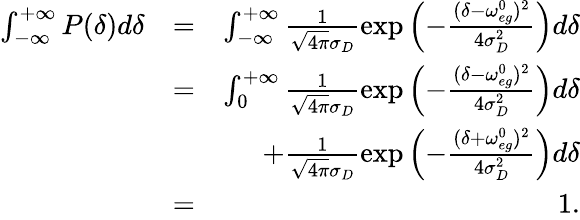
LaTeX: \begin{array}{rlr}{\int_{-\infty}^{+\infty}P(\delta)d\delta}&{=}&{\int_{-\infty}^{+\infty}\frac{1}{\sqrt{4\pi}\sigma_{D}}\exp\left(-\frac{(\delta-\omega_{eg}^{0})^{2}}{4\sigma_{D}^{2}}\right)d\delta}\\ &{=}&{\int_{0}^{+\infty}\frac{1}{\sqrt{4\pi}\sigma_{D}}\exp\left(-\frac{(\delta-\omega_{eg}^{0})^{2}}{4\sigma_{D}^{2}}\right)d\delta}\\ &{}&{+\frac{1}{\sqrt{4\pi}\sigma_{D}}\exp\left(-\frac{(\delta+\omega_{eg}^{0})^{2}}{4\sigma_{D}^{2}}\right)d\delta}\\ &{=}&{1.}\end{array}